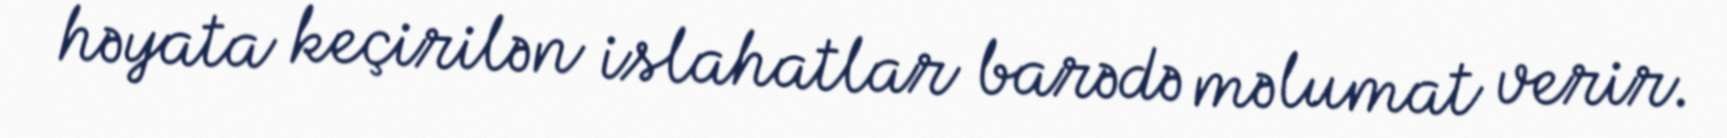
həyata keçirilən islahatlar barədə məlumat verir.